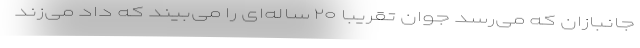
جانبازان که می‌رسد جوان تقریباً ۲۰ ساله‌ای را می‌بیند که داد می‌زند